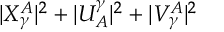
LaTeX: | X _ { \gamma } ^ { A } | ^ { 2 } + | U _ { A } ^ { \gamma } | ^ { 2 } + | V _ { \gamma } ^ { A } | ^ { 2 }